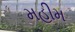
મહીમ